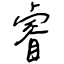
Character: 睿